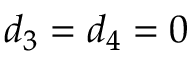
d _ { 3 } = d _ { 4 } = 0